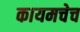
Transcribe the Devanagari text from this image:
कायमचेच